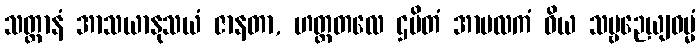
သတ္တာနံ အာသယာနုသယံ ဇာနတာ, ဟတ္ထတလေ ဌပိတံ အာမလကံ ဝိယ သဗ္ဗဉေယျဓမ္မံ